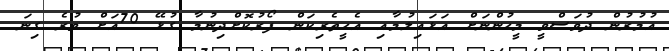
އުމުރުން ދުވަސްވީ މީހުންނަށް އަޅައިލުމާއި އެހީތެރިކަން ފޯރުކޮށްދިނުމާ ގުޅޭ 70އަށް ވުރެ ގިނަ